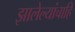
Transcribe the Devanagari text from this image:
झालेल्यांचाहि